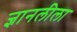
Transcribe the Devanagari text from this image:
ज्ञानलीला